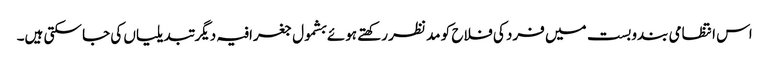
اس انتظامی بندوبست میں فرد کی فلاح کو مد نظر رکھتے ہوئے بشمول جغرافیہ دیگر تبدیلیاں کی جا سکتی ہیں۔